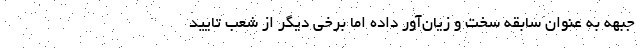
جبهه به عنوان سابقه سخت و زیان‌آور داده اما برخی دیگر از شعب تایید